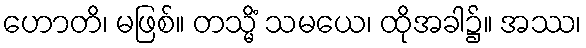
ဟောတိ၊ မဖြစ်။ တသ္မိံ သမယေ၊ ထိုအခါ၌။ အဿ၊